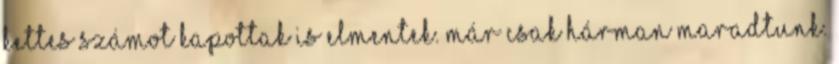
kettes számot kapottak is elmentek. Már csak hárman maradtunk.